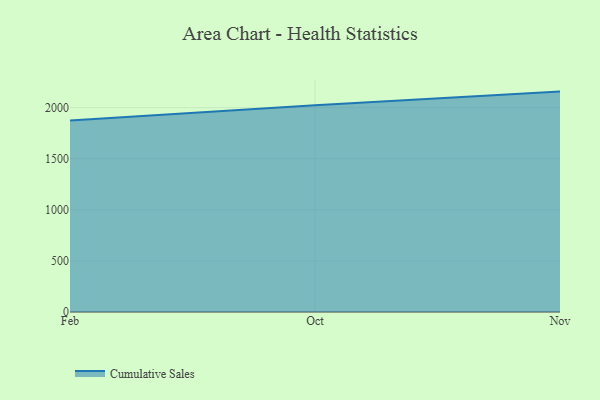
{"axis": {"x": "Month", "y": "Latency (ms)"}, "legend": ["Cumulative Sales"], "data": [{"x": "Feb", "y": 1874.2, "type": "Cumulative Sales"}, {"x": "Oct", "y": 2024.7, "type": "Cumulative Sales"}, {"x": "Nov", "y": 2157.1, "type": "Cumulative Sales"}]}